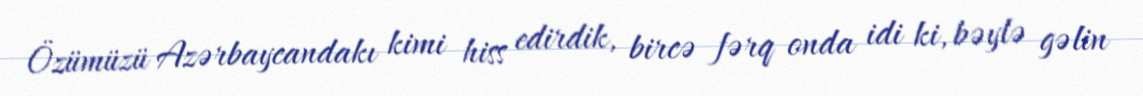
Özümüzü Azərbaycandakı kimi hiss edirdik, bircə fərq onda idi ki, bəylə gəlin